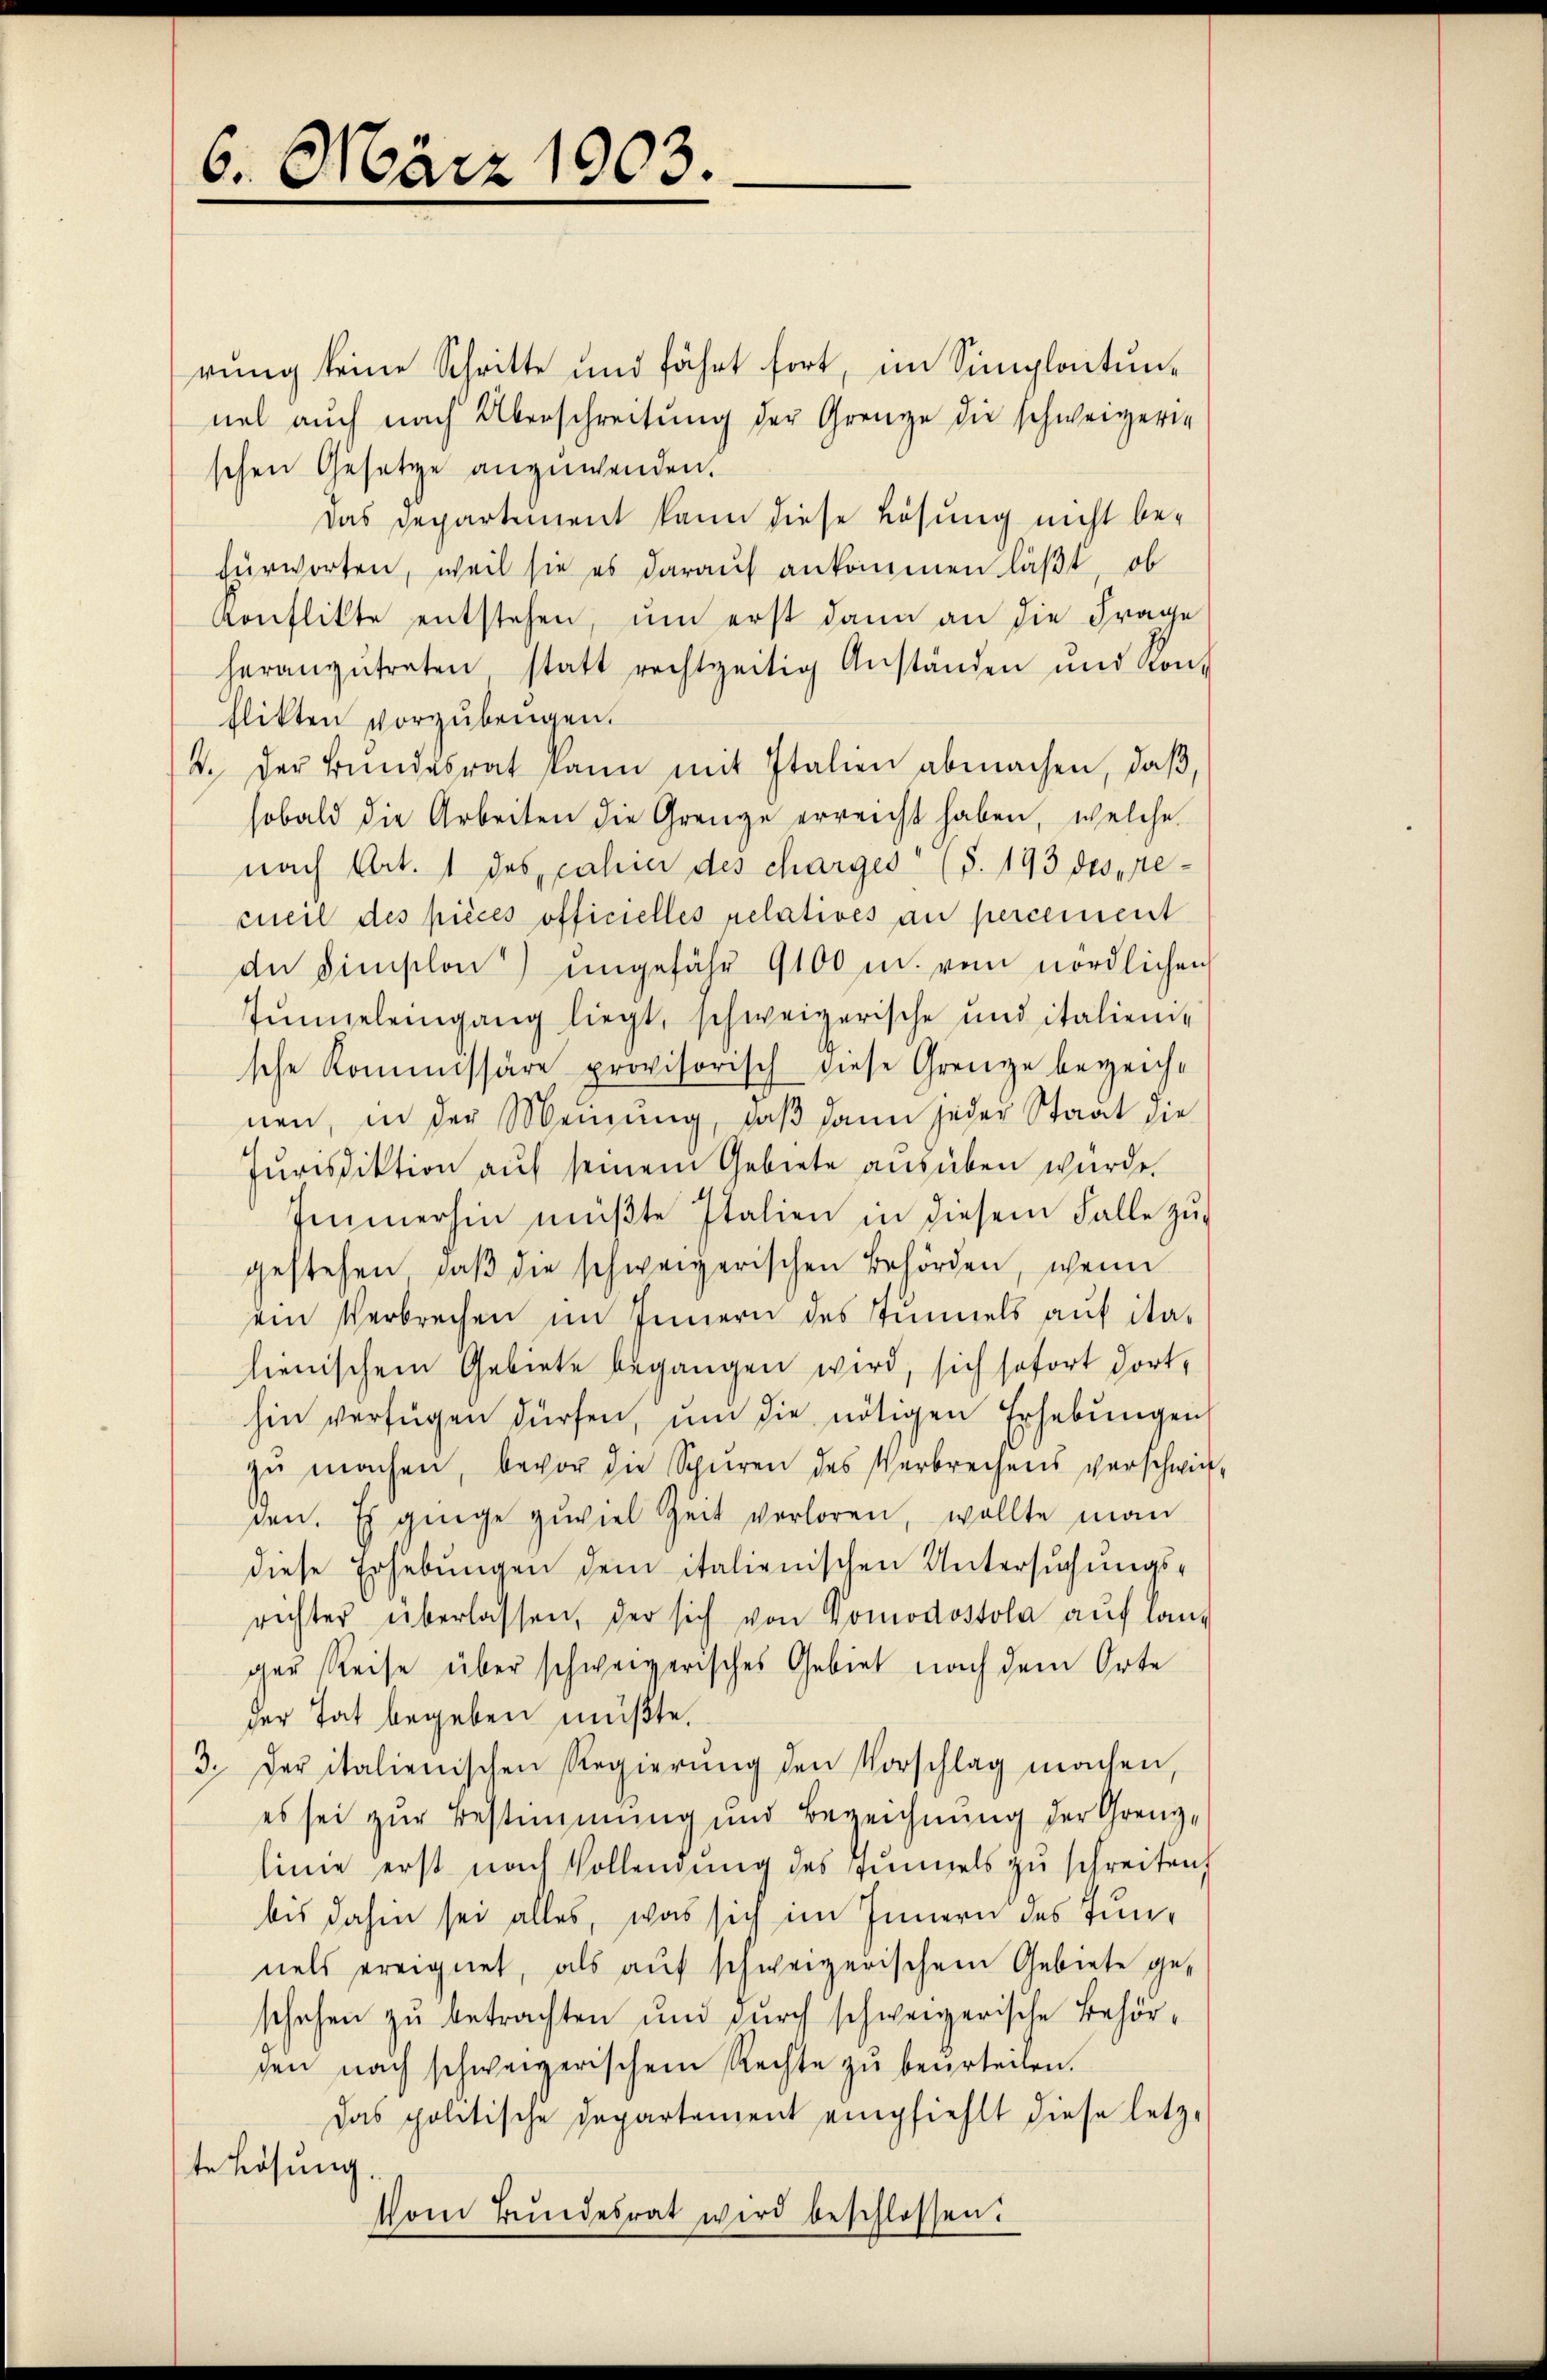
6. März 1903.

rung keine Schritte und fährt fort, im Simplontunnel auch nach Überschreitung der Grenze die schweizerin
schen Gesetze anzuwenden.
Das Departement kann diese Lösung nicht be-
fürworten, weil sie es darauf ankommen läßt, ob
Konflikte entstehen, um erst dann an die Frage
heranzŭtreten statt rechtzeitig Anständen und Kon-
flikten vorzŭbeŭgen.
2. Der Bŭndesrat kann mit Italien abmachen, daß,
sobald die Arbeiten die Grenze erreicht haben, welche
nach Art. 1 des Jahier des charges (S. 193 des recueil des pièces officielles relatives an percement
dn dimplon) ungefähr 9100 m. vom nördlichen
Junzelengang liegt, schweizerische und italiensche Kommissäre provisorisch diese Grenze bezeichnen, in der Meinung, daß dann jeder Staat die
Jurisdiktion aŭf seinem Gebiete ausüben wurde.
Immerhin müßte Italien in diesem Falle zugestehen, daβ die schweizerischen Behörden, wenn
ein Verbrechen im Innern des Stummels auf italienischem Gebiete begangen wird, sich sofort dorthin verfügen dürfen, um die nötigen Erhebungen
zŭ machen, bevor die Spuren des Verbrechens verschwieden. Es ginge zuviel Zeit verloren, wollte man
diese Erhebungen dem italienischen Untersuchungsrichter überlassen, der sich von Domodostola auf lang
ger Reise über schweizerisches Gebiet nach dem Orte
der Tat begeben müßte.
3. Der italienischen Regierŭng den Vorschlag machen,
es sei zur Bestimmung und Bezeichnung der Grenzlinie erst nach Vollendŭng des Tunnels zŭ schreiten
bis dahin sei alles, was sich im Innern des Tunnels ereignet, als auf schweizerischem Gebiete geschehen zu betrachten und durch schweizerische Behörsen nach schweizerischen Rechte zu beurteilen.
Das politische Departement empfiehlt diese letz-
te Lösung.
Vom Bŭndesrat wird beschlossen: